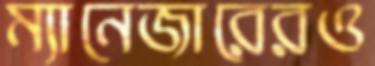
ম্যানেজারেরও